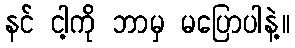
နင် ငါ့ကို ဘာမှ မပြောပါနဲ့။